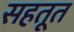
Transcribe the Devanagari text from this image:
सहतूत